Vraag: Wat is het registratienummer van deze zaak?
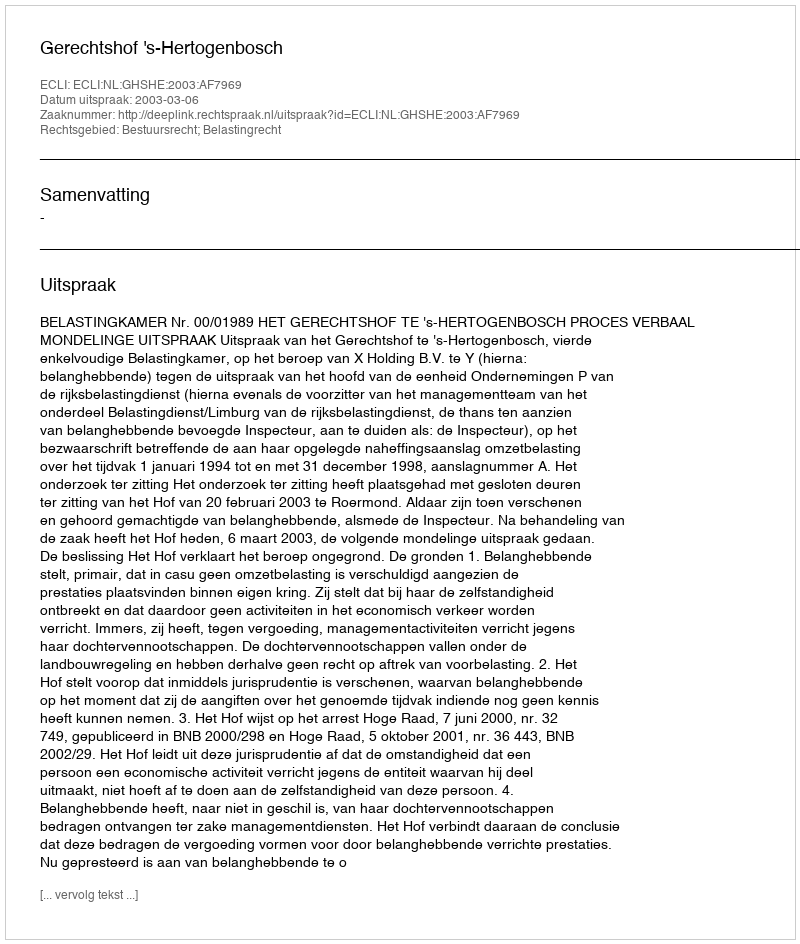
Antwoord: http://deeplink.rechtspraak.nl/uitspraak?id=ECLI:NL:GHSHE:2003:AF7969